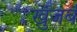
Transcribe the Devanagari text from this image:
खुंजर्ब